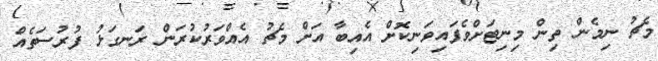
މެޗު ނިމެން ތިން މިނިޓަށްވެފައިވަނިކޮށް އެއިބާ އަށް މެޗު އެއްވަރުކުރަން ރަނގަޅު ފުރުސަތެއް